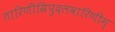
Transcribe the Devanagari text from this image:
तारिणीम्रिपुदलवारिणीम्